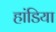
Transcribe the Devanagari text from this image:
हांडिया